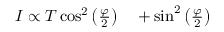
\begin{array} { r l } { I \propto T \cos ^ { 2 } \left( \frac { \varphi } { 2 } \right) } & { { } + \sin ^ { 2 } \left( \frac { \varphi } { 2 } \right) } \end{array}